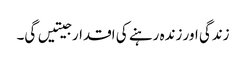
زندگی اور زندہ رہنے کی اقدار جیتیں گی۔